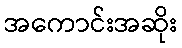
အကောင်းအဆိုး